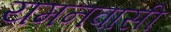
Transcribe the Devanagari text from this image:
यमनवासी